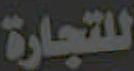
للتجارة